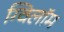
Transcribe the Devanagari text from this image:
ग्विलॉम